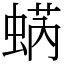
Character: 蜹